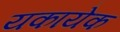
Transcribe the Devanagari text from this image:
यकायेक